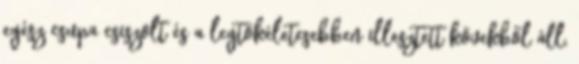
egész csupa csiszolt és a legtökéletesebben illesztett kövekből áll,